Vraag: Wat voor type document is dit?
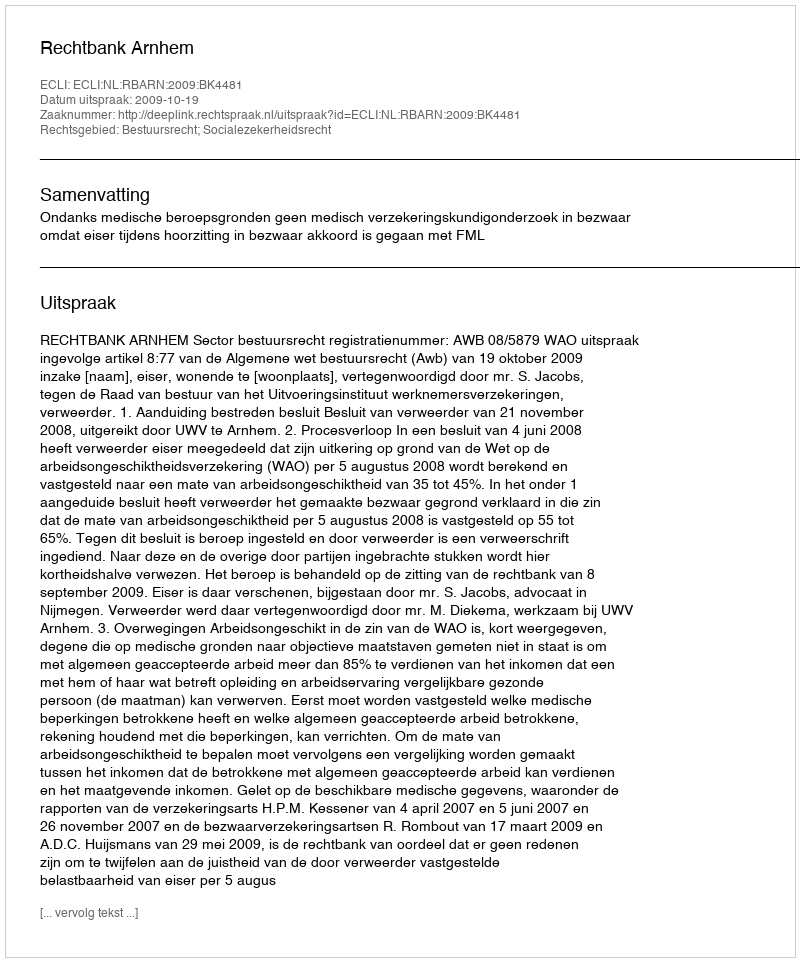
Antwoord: Uitspraak